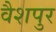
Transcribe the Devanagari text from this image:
वैशपुर